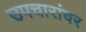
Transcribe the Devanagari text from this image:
उपचारांवर